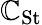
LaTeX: \mathbb{C}_{\mathrm{{St}}}